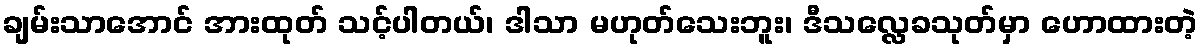
ချမ်းသာအောင် အားထုတ် သင့်ပါတယ်၊ ဒါသာ မဟုတ်သေးဘူး၊ ဒီသလ္လေခသုတ်မှာ ဟောထားတဲ့